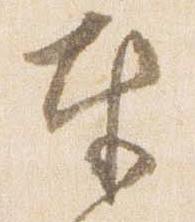
奉